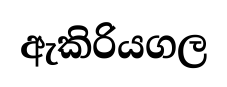
ඇකිරියගල